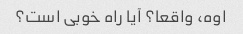
اوه، واقعا؟ آیا راه خوبی است؟